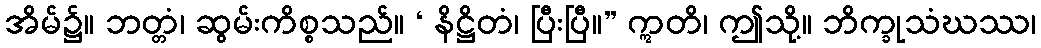
အိမ်၌။ ဘတ္တံ၊ ဆွမ်းကိစ္စသည်။ ‘ နိဋ္ဌိတံ၊ ပြီးပြီ။” ဣတိ၊ ဤသို့။ ဘိက္ခုသံဃဿ၊